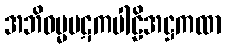
အဘိဓမ္မပဋကပါဠိအဋ္ဌကထာ